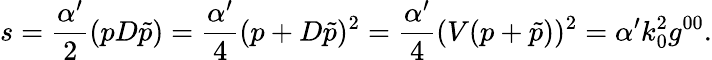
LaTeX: s=\frac{\alpha^{\prime}}{2}(pD\tilde{p})=\frac{\alpha^{\prime}}{4}(p+D\tilde{p})^{2}=\frac{\alpha^{\prime}}{4}(V(p+\tilde{p}))^{2}=\alpha^{\prime}k_{0}^{2}g^{00}.